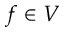
f \in V